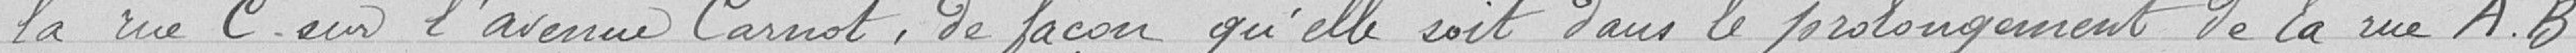
la rue C. sur l'avenue Carnot, de façon qu'elle soit dans le prolongement de la rue AB